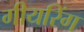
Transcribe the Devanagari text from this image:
गीयरिंग